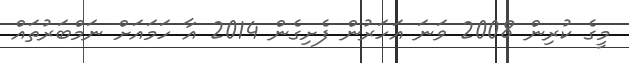
މީގެ ކުރިން 2008 ވަނަ އަހަރުން ފެށިގެން 2014 އާ ހަމައަށް ނަމްބަރުތައް